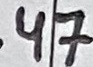
Text: .47